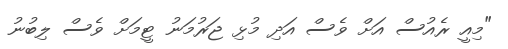
"މިއީ ރެއުސް އަށް ވެސް އަދި މުޅި ޖަރުމަނު ޓީމަށް ވެސް ލިބުނު